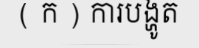
( ក ) ការបង្ហូត